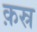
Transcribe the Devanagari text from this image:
क़स्र